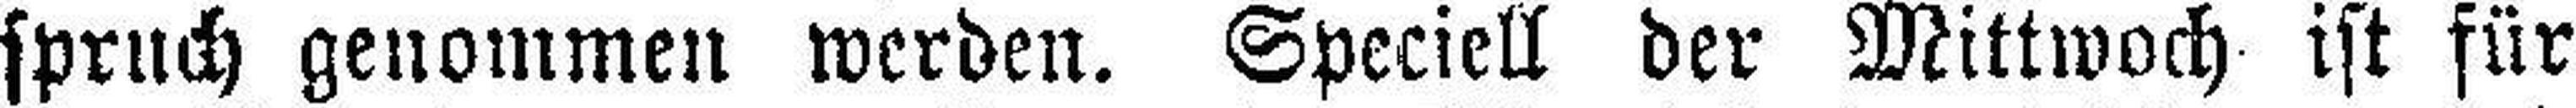
spruch genommen werden. Speciell der Mittwoch ist für